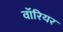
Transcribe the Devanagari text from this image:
वाॅरियर